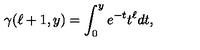
\gamma ( \ell + 1 , y ) = \int _ { 0 } ^ { y } e ^ { - t } t ^ { \ell } d t ,